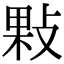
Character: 敤